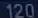
120